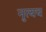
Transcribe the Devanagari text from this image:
नृत्यच